画像に写った文字を読んでください
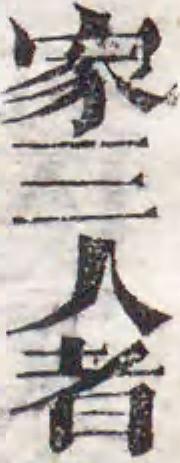
「家三人者」と書いてあります